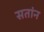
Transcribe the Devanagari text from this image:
सतांन